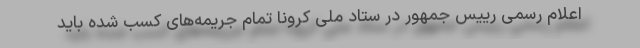
اعلام رسمی رییس جمهور در ستاد ملی کرونا تمام جریمه‌های کسب شده باید